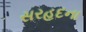
સરહદના